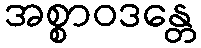
အစ္စာဝဒန္တေ